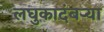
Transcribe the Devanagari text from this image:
लघुकादंबर्‍या